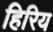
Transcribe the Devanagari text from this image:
हिरिय